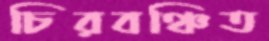
চিরবঞ্চিত